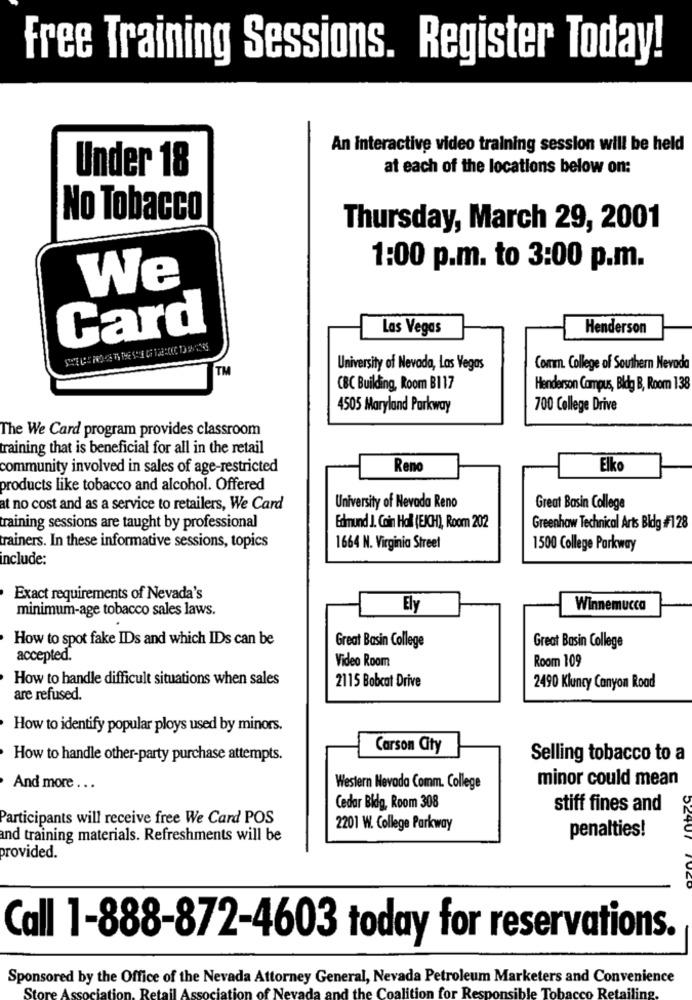
Free Training Sessions. Register Today!
An Interactive video training session will be held
Under 18
at each of the locations below on:
No Tobacco
Thursday, March 29, 2001
1:00 p.m. to 3:00 p.m.
We
Card
Las Vegas
Henderson
TM
University of Nevada, Las Vegas
Comm. College of Southern Nevada
CBC Building, Room B117
Henderson Campus, Bldg B, Room 138
4505 Maryland Parkway
700 College Drive
The We Card program provides classroom
raining that is beneficial for all in the retail
community involved in sales of age-restricted
Reno
Elko
products like tobacco and alcohol. Offered
at no cost and as a service to retailers, We Card
University of Nevada Reno
Great Basin College
training sessions are taught by professional
Edmund J. Coin Hall (EICH), Room 202
Greenhaw Technical Arts Bldg #128
trainers. In these informative sessions, topics
1664 N. Virginia Street
1500 College Parkway
include:
Exact requirements of Nevada's
minimum-age tobacco sales laws.
Ely
Winnemucca
How to spot fake IDs and which IDs can be
Great Basin College
Great Basin College
accepted.
Room 109
Video Room
How to handle difficult situations when sales
2115 Bobcat Drive
2490 Kluncy Canyon Road
are refused.
How to identify popular ploys used by minors.
Carson City
How to handle other-party purchase attempts.
Selling tobacco to a
minor could mean
And more ...
Western Nevada Comm. College
Cedar Bidg, Room 308
stiff fines and
Participants will receive free We Card POS
2201 W. College Parkway
penalties!
and training materials. Refreshments will be
provided.
UE
Call 1-888-872-4603 today for reservations.
Sponsored by the Office of the Nevada Attorney General, Nevada Petroleum Marketers and Convenience
Store Asso
nd the Coalition for Responsible Tobacco Retailing.
Retail Association of Neva